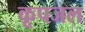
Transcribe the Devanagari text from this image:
कूपजल